Annual vaccination report of Bihar and Orissa - 1911-1928
Year: 1911
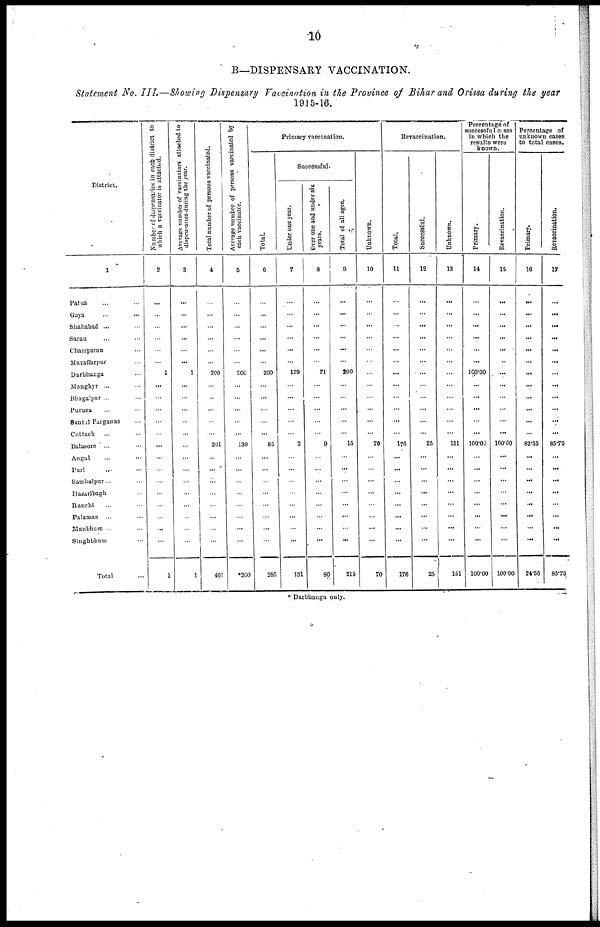
10
B—DISPENSARY VACCINATION.
Statement No. III.—Showing Dispensary Vaccination in the Province of Bihar and Orissa during the year
1915-16.
District.
1
Patna ... ...
Gaya ... ...
Shahabad ... ...
Saran ... ...
Champaran ... ...
Muzaffarpur ...
Darbhanga ...
Monghyr ... ...
Bhagalpur ... ...
Purnea ...
Santal Parganas ...
Cuttack ... ...
Balasore ... ...
Angul ... ...
Puri ... ...
Sambalpur... ...
Hazaribagh ...
Ranchi ... ...
Palamau ... ...
Manbhum ... ...
Singhbhum ...
Total ...
Number of dipensaries in each district to
which a vaccinator is attached.
2
...
...
...
...
...
...
1
...
...
...
...
...
...
...
...
...
...
...
...
...
...
1
Average number of vaccinators attached to
dispensaries during the year.
3
...
...
...
...
...
...
1
...
...
...
...
...
...
...
...
...
...
...
...
...
...
1
Total number of persons vaccinated.
4
...
...
...
...
...
...
200
...
...
...
...
...
261
...
...
...
...
...
...
...
...
461
Average number of persons vaccinated by
each vaccinator.
5
...
...
...
...
...
...
200
...
...
...
...
...
130
...
...
...
...
...
...
...
...
*260
Primary vaccination.
Total
6
...
...
...
...
...
...
200
...
...
...
...
...
85
...
...
...
...
...
...
...
...
285
Successful.
Under one year.
7
...
...
...
...
...
...
129
...
...
...
...
...
2
...
...
...
...
...
...
...
...
131
Over one and under six
years.
8
...
...
...
...
...
...
71
...
...
...
...
...
9
...
...
...
...
...
...
...
...
80
Total of all ages.
9
...
...
...
...
...
...
200
...
...
...
...
...
15
...
...
...
...
...
...
...
...
215
Unknown.
10
...
...
...
...
...
...
...
...
...
...
...
...
70
...
...
...
...
...
...
...
...
70
Revaccination.
Total.
11
...
...
...
...
...
...
...
...
...
...
...
...
170
...
...
...
...
...
...
...
...
176
Successful.
12
...
...
...
...
...
...
...
...
...
...
...
...
25
...
...
...
...
...
...
...
...
25
Unknown.
13
...
...
...
...
...
...
...
...
...
...
...
...
151
...
...
...
...
...
...
...
...
151
Percentage of
successful cases
in which the
results were
known.
Primary.
14
...
...
...
...
...
...
100.00
...
...
...
...
...
100.00
...
...
...
...
...
...
...
...
100.00
Revaccination.
15
...
...
...
...
...
...
...
...
...
...
...
...
100.00
...
...
...
...
...
...
...
...
100.00
Percentage of
unknown cases
to total cases.
Primary.
16
...
...
...
...
...
...
...
...
...
...
...
...
82.35
...
...
...
...
...
...
...
...
24.56
Revaccination.
17
...
...
...
...
...
...
...
...
...
...
...
...
85.70
...
...
...
...
...
...
...
...
85.79
* Darbhanga only.